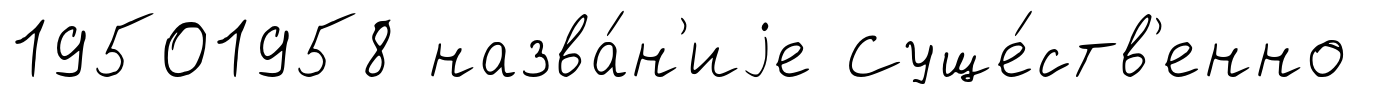
19501958 назва́н'иjе Суще́ств'енно